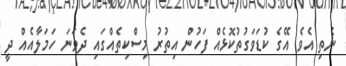
ނެތި އެވެ. އޭގެ ކުޑަވަގުތުކޮޅެއް ފަހުން އިތުރު މިސްކިތެއްގައި ދެވަނަ ހަމަލާއެއް ދީ